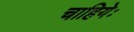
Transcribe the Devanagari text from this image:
चाहियेः